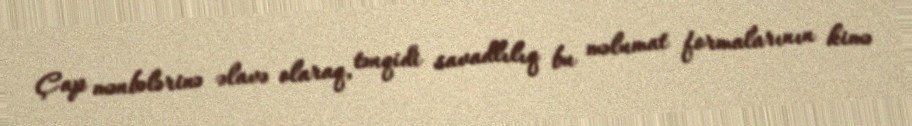
Çap mənbələrinə əlavə olaraq, tənqidi savadlılıq bu məlumat formalarının kimə